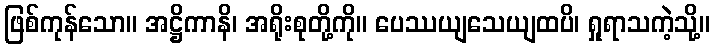
ဖြစ်ကုန်သော။ အဋ္ဌိကာနိ၊ အရိုးစုတို့ကို။ ပေဿယျသေယျထပိ၊ ရှုရာသကဲ့သို့။